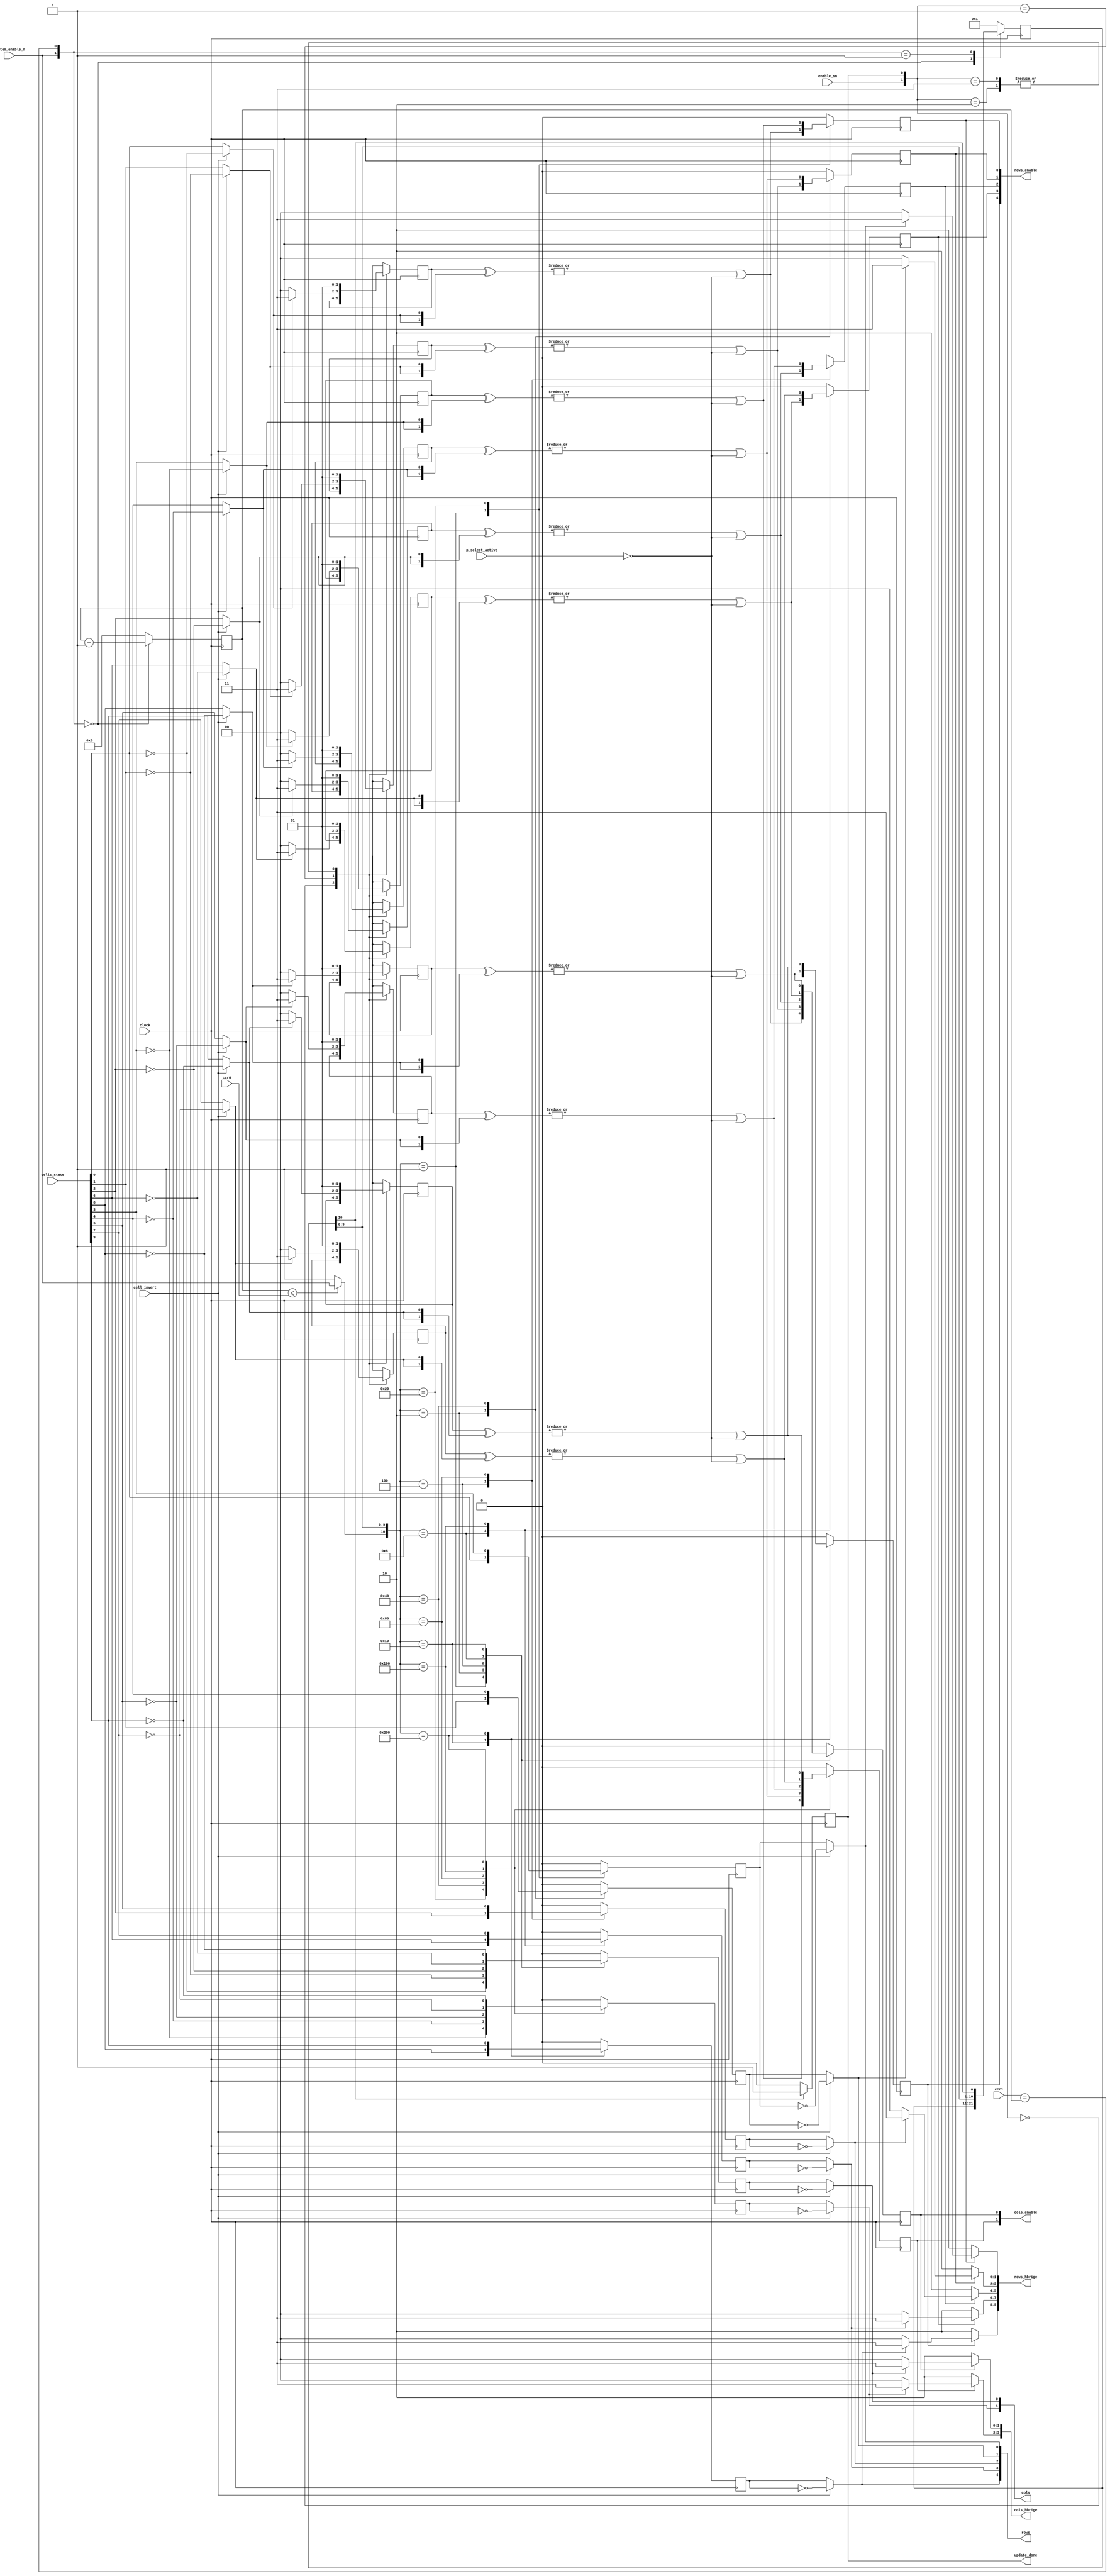
// SPDX-FileCopyrightText: 2020 Efabless Corporation
//
// Licensed under the Apache License, Version 2.0 (the "License");
// you may not use this file except in compliance with the License.
// You may obtain a copy of the License at
//
//      http://www.apache.org/licenses/LICENSE-2.0
//
// Unless required by applicable law or agreed to in writing, software
// distributed under the License is distributed on an "AS IS" BASIS,
// WITHOUT WARRANTIES OR CONDITIONS OF ANY KIND, either express or implied.
// See the License for the specific language governing permissions and
// limitations under the License.
// SPDX-License-Identifier: Apache-2.0

`default_nettype none
/*
 *-------------------------------------------------------------
 *
 * cell_contorller
 *
 *
 *-------------------------------------------------------------
 */
module cells_controller
(
`ifdef USE_POWER_PINS
    inout vccd1,	// User area 1 1.8V supply
    inout vssd1,	// User area 1 digital ground
`endif
  input wire clock,
  input wire [15:0] cells_state,
  input wire system_enable_n,
  input wire [31:0] ccr0,
  input wire [31:0] ccr1,
  output reg update_done,
  output wire [4:0] rows,
  output wire [1:0] cols,
  output reg [4:0] rows_enable,
  output reg [1:0] cols_enable,
  output wire [9:0] rows_hbrige,
  output wire [3:0] cols_hbrige,
  input wire p_select_active,
  input wire cell_invert, 
  input wire enable_sn 
);
  reg [31:0] count;
  reg [10:0] cell_pos;
  wire line_enable_n;
  wire [9:0] cell_output_state;
  wire [9:0] adj_cell_output_state;
  reg [4:0] rows_output;
  reg [1:0] cols_output;

  reg  [1:0] pcell_mem [9:0] ;
  wire  [9:0] cells_state_diff   ;
  wire [9:0] cell_enable;
  genvar cell_p;
  

 // 4 9 | 8 9 
 // 3 8 | 6 7 
 // 2 7 | 2 5 
 // 1 6 | 1 4 
 // 0 5 | 0 3   

 // 00_0000_0001 0 
 // 00_0000_0010 1
 // 00_0000_0100 2
 // 00_0010_0000 3
 // 00_0100_0000 4
 // 00_1000_0000 5
 // 00_0000_1000 6
 // 01_0000_0000 7
 // 00_0001_0000 8
 // 10_0000_0000 9

  always@(posedge clock)
  begin
    case({system_enable_n,(ccr1==count)})
      2'b00: count <= count+1'b1;
      default: count <= 32'b0;
    endcase
  end



  always@(posedge clock)
  begin
    case({system_enable_n,(ccr1 == count)})
      3'b00: cell_pos <= cell_pos;
      3'b01: cell_pos <= {cell_pos[9:0],cell_pos[10]};
      default: cell_pos <= 11'h001;
    endcase
  end


  assign line_enable_n = (count <= ccr0) ? system_enable_n : 1'b1;

  assign {
  cell_output_state[9], 
  cell_output_state[4],
  cell_output_state[8], 
  cell_output_state[3], 
  cell_output_state[7], 
  cell_output_state[6], 
  cell_output_state[5], 
  cell_output_state[2], 
  cell_output_state[1], 
  cell_output_state[0] 
  } =  cells_state[9:0];  // 10


  always@(posedge clock)
  begin
    case({line_enable_n,cell_pos[9:0]})
      11'b000_0000_0001: rows_output[0] <=  (cell_output_state[0]) ; 
      11'b000_0010_0000: rows_output[0] <=  (cell_output_state[5]) ; 
      default: rows_output[0] <= 1'b0;
    endcase
  end

  always@(posedge clock)
  begin
    case({line_enable_n,cell_pos[9:0]})
      11'b000_0000_0010: rows_output[1] <= (cell_output_state[1]); 
      11'b000_0100_0000: rows_output[1] <= (cell_output_state[6]); 
      default: rows_output[1] <= 1'b0;
    endcase
  end

  always@(posedge clock)
  begin
    case({line_enable_n,cell_pos[9:0]})
      11'b000_0000_0100: rows_output[2] <= (cell_output_state[2]); 
      11'b000_1000_0000: rows_output[2] <= (cell_output_state[7]); 
      default: rows_output[2] <= 1'b0;
    endcase
  end

  always@(posedge clock)
  begin
    case({line_enable_n,cell_pos[9:0]})
      11'b000_0000_1000: rows_output[3] <= (cell_output_state[3]); 
      11'b001_0000_0000: rows_output[3] <= (cell_output_state[8]); 
      default: rows_output[3] <= 1'b0;
    endcase
  end

  always@(posedge clock)
  begin
    case({line_enable_n,cell_pos[9:0]})
      11'b000_0001_0000: rows_output[4] <= (cell_output_state[4]) ; 
      11'b010_0000_0000: rows_output[4] <= (cell_output_state[9]) ; 
      default: rows_output[4] <= 1'b0;
    endcase
  end

  always@(posedge clock)
  begin
    case({line_enable_n,cell_pos[9:0]})
      11'b000_0000_0001: cols_output[0] <= ~(cell_output_state[0]); 
      11'b000_0000_0010: cols_output[0] <= ~(cell_output_state[1]); 
      11'b000_0000_0100: cols_output[0] <= ~(cell_output_state[2]); 
      11'b000_0000_1000: cols_output[0] <= ~(cell_output_state[3]); 
      11'b000_0001_0000: cols_output[0] <= ~(cell_output_state[4]); 
      default: cols_output[0] <= 1'b0;     
    endcase
  end

  always@(posedge clock)
  begin
    case({line_enable_n,cell_pos[9:0]})
      11'b0_00_0010_0000: cols_output[1] <= ~(cell_output_state[5]); 
      11'b0_00_0100_0000: cols_output[1] <= ~(cell_output_state[6]); 
      11'b0_00_1000_0000: cols_output[1] <= ~(cell_output_state[7]); 
      11'b0_01_0000_0000: cols_output[1] <= ~(cell_output_state[8]); 
      11'b0_10_0000_0000: cols_output[1] <= ~(cell_output_state[9]); 
      default: cols_output[1] <= 1'b0;
    endcase
  end

  generate
    for(cell_p=0;cell_p<2;cell_p=cell_p+1)
    begin : cols_invert_block
      assign cols[cell_p] = cell_invert ? ~cols_output[cell_p] : cols_output[cell_p];
    end
    for(cell_p=0;cell_p<5;cell_p=cell_p+1)
    begin : rows_invert_block
      assign rows[cell_p] = cell_invert ? ~rows_output[cell_p] : rows_output[cell_p];
    end
  endgenerate


  generate
    for(cell_p=0;cell_p<10;cell_p=cell_p+1)
    begin : past_state_logic
      assign adj_cell_output_state[cell_p] = cell_invert ? ~cell_output_state[cell_p] : cell_output_state[cell_p];
      always@(posedge clock)
      begin
        case({enable_sn,update_done})
          2'b00: pcell_mem[cell_p] <= pcell_mem[cell_p]; 
          2'b01: pcell_mem[cell_p] <= adj_cell_output_state[cell_p] ? 2'b11 : 2'b00; 
          2'b10: pcell_mem[cell_p] <= 2'b01; 
          2'b11: pcell_mem[cell_p] <= 2'b01; 
        endcase
      end

      assign cells_state_diff[cell_p] = |(pcell_mem[cell_p] ^ {adj_cell_output_state[cell_p],adj_cell_output_state[cell_p]});
      assign cell_enable[cell_p] = cells_state_diff[cell_p]  | ~p_select_active;
    end
  endgenerate


  always@(posedge clock)
  begin
    case({line_enable_n,cell_pos[9:0]})
      11'b000_0000_0001: rows_enable[0] <= cell_enable[0]; 
      11'b000_0010_0000: rows_enable[0] <= cell_enable[5]; 
      default: rows_enable[0] <= 1'b0;
    endcase
  end

  always@(posedge clock)
  begin
    case({line_enable_n,cell_pos[9:0]})
      11'b000_0000_0010: rows_enable[1] <= cell_enable[1]; 
      11'b000_0100_0000: rows_enable[1] <= cell_enable[6]; 
      default: rows_enable[1] <= 1'b0;
    endcase
  end

  always@(posedge clock)
  begin
    case({line_enable_n,cell_pos[9:0]})
      11'b000_0000_0100: rows_enable[2] <= cell_enable[2]; 
      11'b000_1000_0000: rows_enable[2] <= cell_enable[7]; 
      default: rows_enable[2] <= 1'b0;
    endcase
  end

  always@(posedge clock)
  begin
    case({line_enable_n,cell_pos[9:0]})
      11'b000_0000_1000: rows_enable[3] <= cell_enable[3]; 
      11'b001_0000_0000: rows_enable[3] <= cell_enable[8]; 
      default: rows_enable[3] <= 1'b0;
    endcase
  end

  always@(posedge clock)
  begin
    case({line_enable_n,cell_pos[9:0]})
      11'b000_0001_0000: rows_enable[4] <= cell_enable[4]; 
      11'b010_0000_0000: rows_enable[4] <= cell_enable[9]; 
      default: rows_enable[4] <= 1'b0;
    endcase
  end

  always@(posedge clock)
  begin
    case({line_enable_n,cell_pos[9:0]})
      11'b000_0000_0001: cols_enable[0] <= cell_enable[0]; 
      11'b000_0000_0010: cols_enable[0] <= cell_enable[1]; 
      11'b000_0000_0100: cols_enable[0] <= cell_enable[2]; 
      11'b000_0000_1000: cols_enable[0] <= cell_enable[3]; 
      11'b000_0001_0000: cols_enable[0] <= cell_enable[4]; 
      default: cols_enable[0] <= 1'b0;
    endcase
  end

  always@(posedge clock)
  begin
    case({line_enable_n,cell_pos[9:0]})
      11'b0_00_0010_0000: cols_enable[1] <= cell_enable[5]; 
      11'b0_00_0100_0000: cols_enable[1] <= cell_enable[6]; 
      11'b0_00_1000_0000: cols_enable[1] <= cell_enable[7]; 
      11'b0_01_0000_0000: cols_enable[1] <= cell_enable[8]; 
      11'b0_10_0000_0000: cols_enable[1] <= cell_enable[9]; 
      default: cols_enable[1] <= 1'b0;
    endcase
  end

  generate
    for(cell_p=0;cell_p<2;cell_p=cell_p+1)
    begin : cols_hbrige_logic
      assign cols_hbrige[cell_p*2+1:cell_p*2] = cols_enable[cell_p] ? ~cols[cell_p] ? 2'b00 : 2'b11 : 2'b10;
    end
    for(cell_p=0;cell_p<5;cell_p=cell_p+1)
    begin : rows_hbrige_logic
      assign rows_hbrige[cell_p*2+1:cell_p*2] = rows_enable[cell_p] ? ~rows[cell_p] ? 2'b00 : 2'b11 : 2'b10;
    end
  endgenerate

  always@(posedge clock)
  begin
  if((cell_pos[10] == 1'b1))
  begin
    update_done <= 1'b1;
  end
  else
  begin
    update_done <= 1'b0;
  end
  end
endmodule